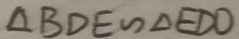
\Delta B D E \sim \Delta E D O